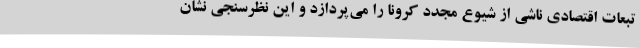
تبعات اقتصادی ناشی از شیوع مجدد کرونا را می‌پردازد و این نظرسنجی نشان